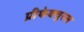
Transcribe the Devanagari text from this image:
प्रीफेक्चुरल